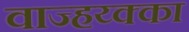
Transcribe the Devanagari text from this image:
वाज्हय्क्का